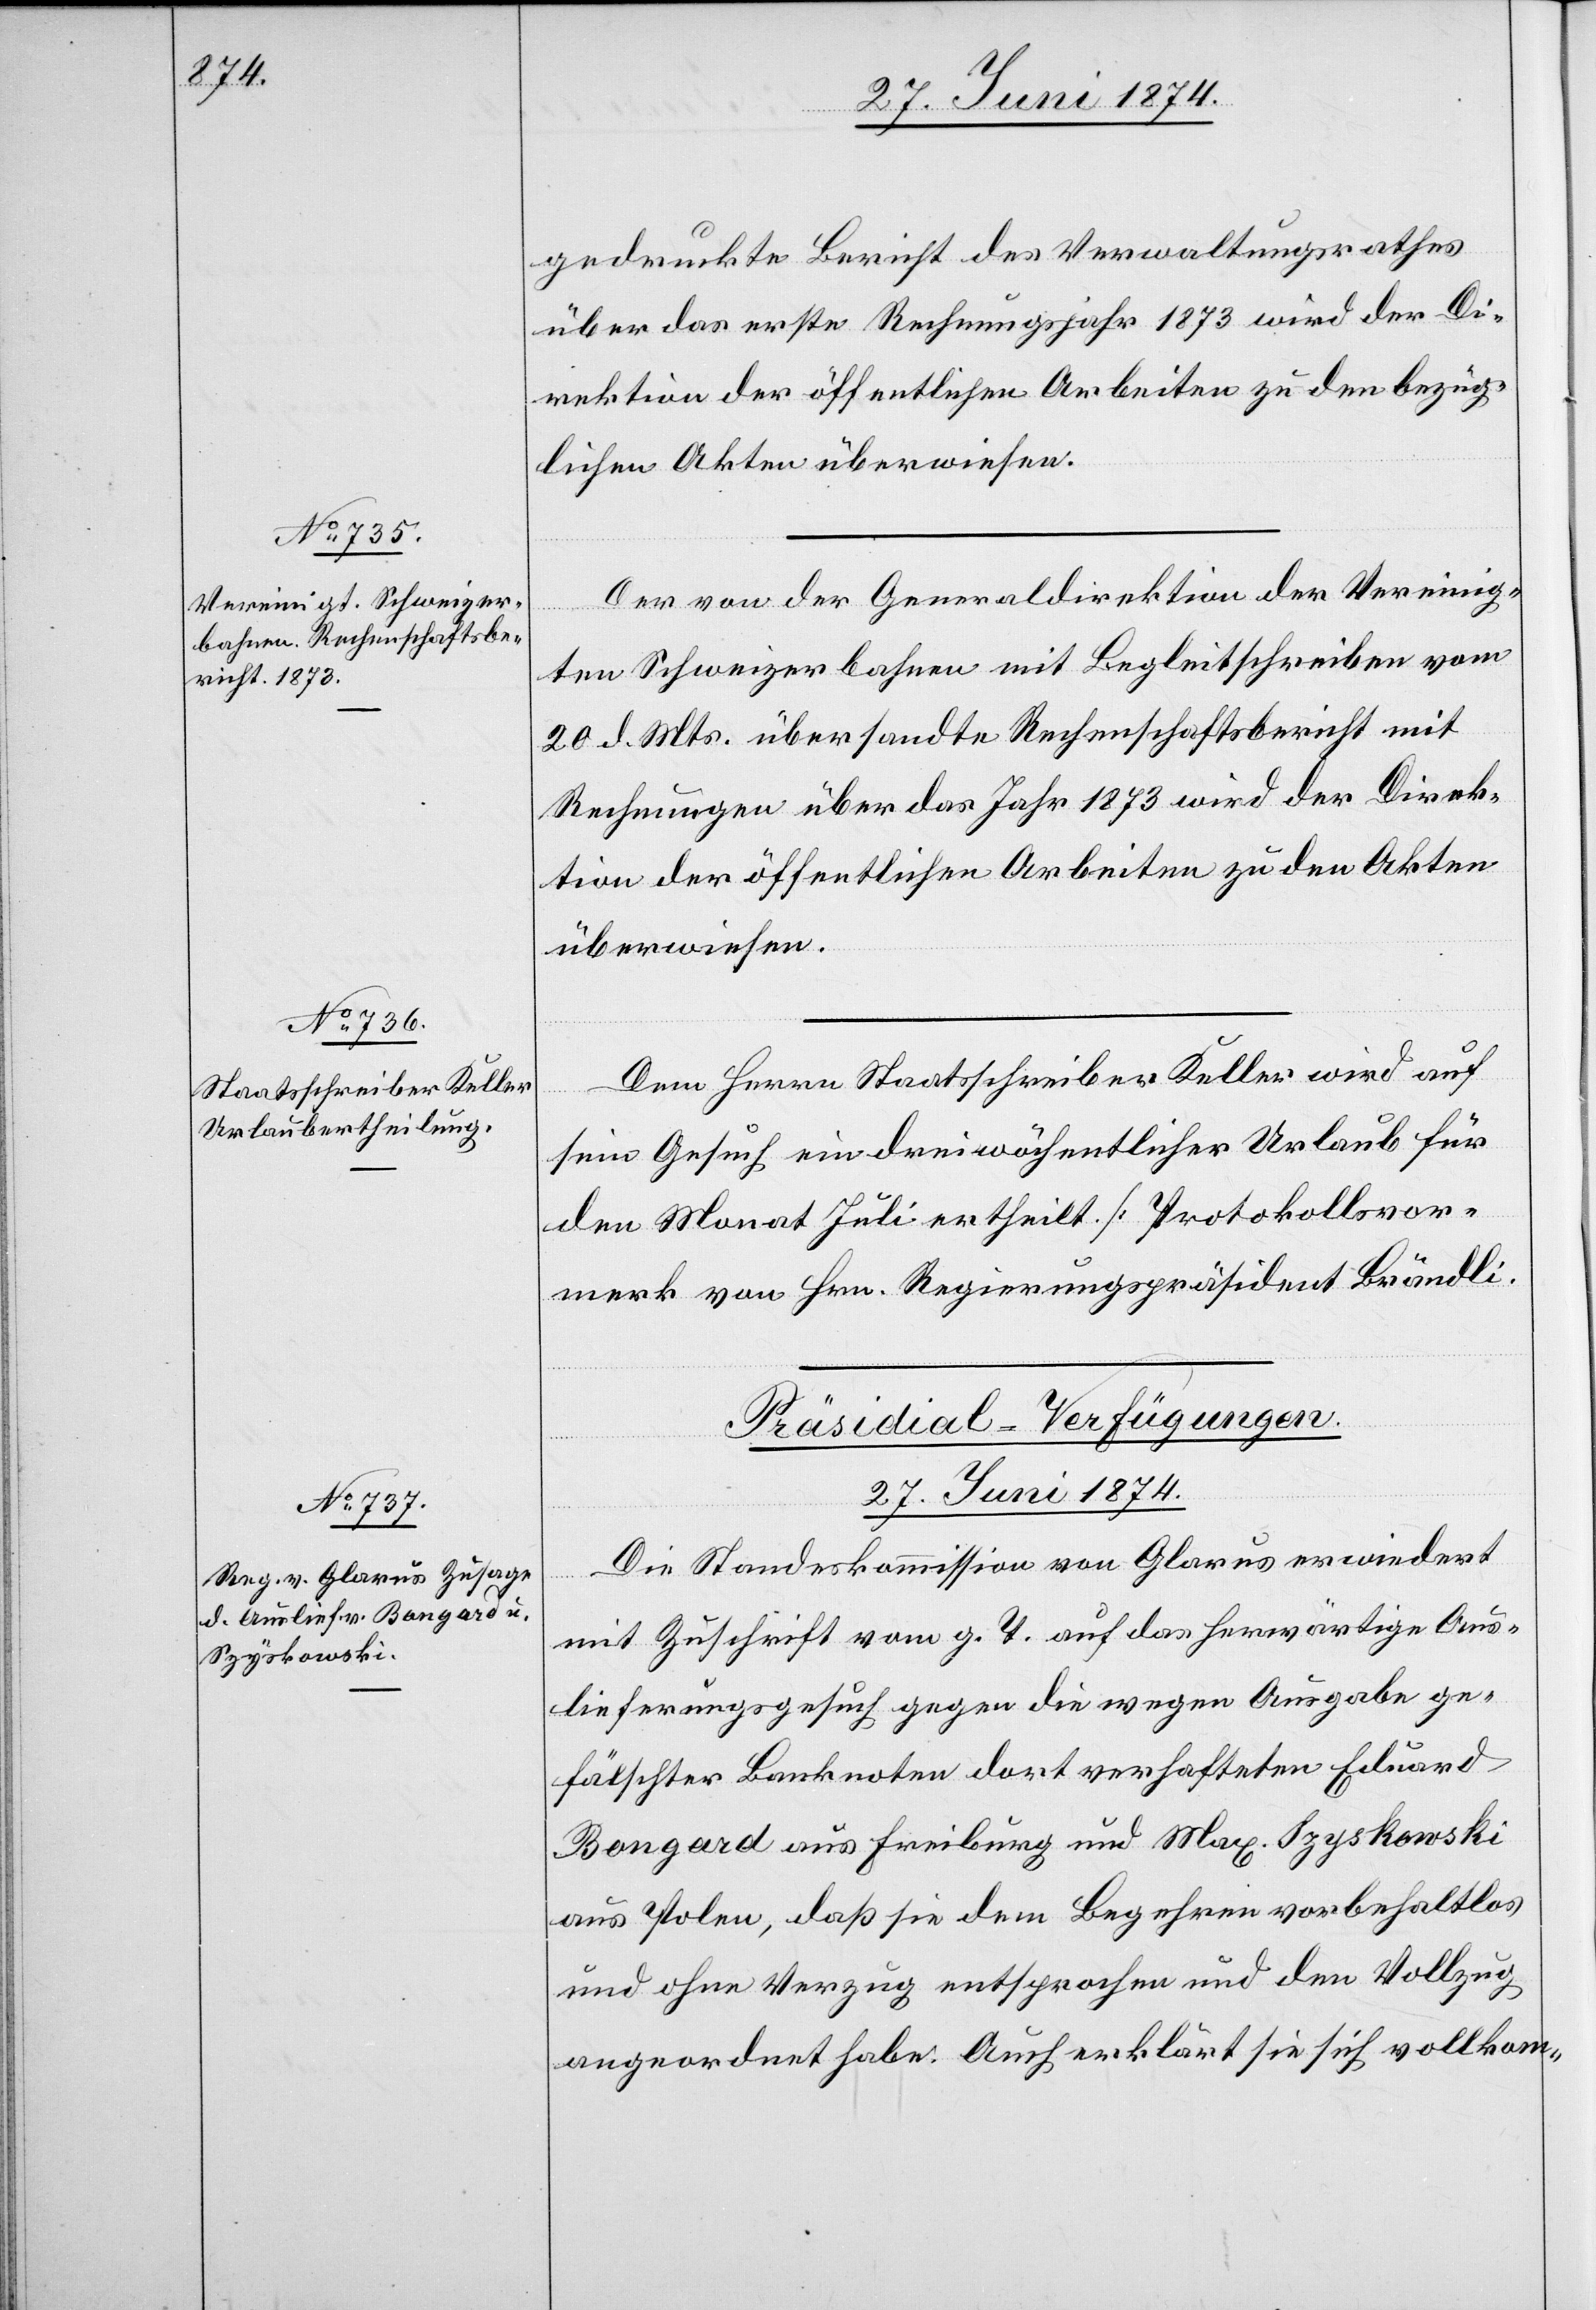
i.[]]

gedruckte Bericht des Verwaltungsrathes
über das erste Rechnungsjahr 1873 wird der Di¬
rektion der öffentlichen Arbeiten zu den bezüg¬
lichen Akten überwiesen.
Der von der Generaldirektion der Vereinig¬
ten Schweizerbahnen mit Begleitschreiben vom
20. d. Mts. übersandte Rechenschaftsbericht mit
Rechnungen über das Jahr 1873 wird der Direk¬
tion der öffentlichen Arbeiten zu den Akten
überwiesen.
Dem Herrn Staatsschreiber Keller wird auf
sein Gesuch ein dreiwöchentlicher Urlaub für
den Monat Juli ertheilt. [Protokollsvor¬
merk von Hrn. Regierungspräsident Brändl¬
Präsidial-Verfügungen.
27. Juni 1874.
Die Standeskommission von Glarus erwiedert
mit Zuschrift vom g. T. auf das herwärtige Aus¬
lieferungsgesuch gegen die wegen Ausgabe ge¬
fälschter Banknoten dort verhafteten Eduard
Bongard aus Freiburg und Max. Szyskowski
aus Polen, daß sie dem Begehren vorbehaltlos
und ohne Verzug entsprochen und den Vollzug
angeordnet habe. Auch erklärt sie sich vollkom-